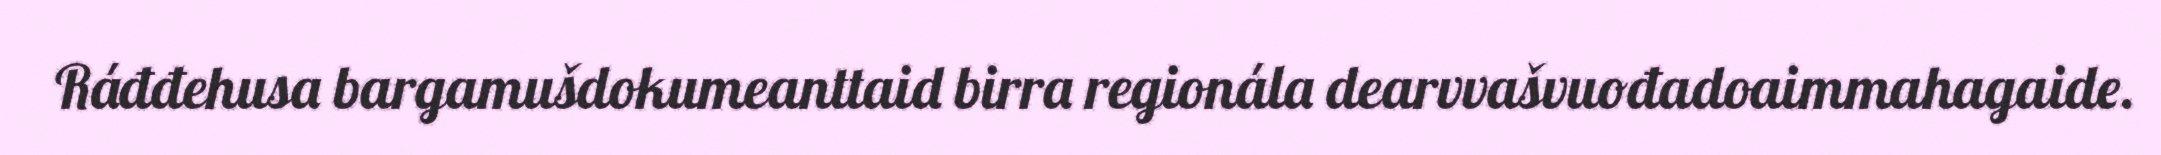
Ráđđehusa bargamušdokumeanttaid birra regionála dearvvašvuođadoaimmahagaide.